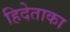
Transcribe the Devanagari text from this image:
हिदेताका